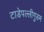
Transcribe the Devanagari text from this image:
टाडेपल्लीगुडम